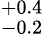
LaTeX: ^{+0.4}_{-0.2}